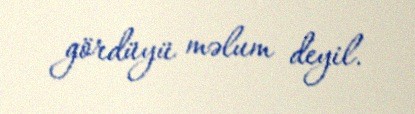
gördüyü məlum deyil.